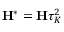
{ \mathbf { H } } ^ { * } = { \mathbf { H } } \tau _ { K } ^ { 2 }